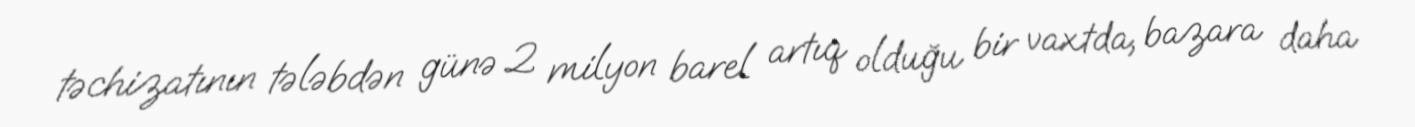
təchizatının tələbdən günə 2 milyon barel artıq olduğu bir vaxtda, bazara daha